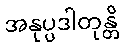
အနုပ္ပဒါတုန္တိ